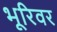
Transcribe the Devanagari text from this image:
भूरिवर